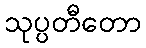
သုပ္ပတီတော